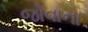
જોવાના